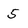
Character: 5